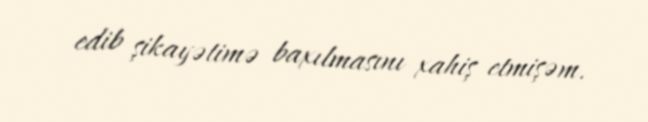
edib şikayətimə baxılmasını xahiş etmişəm.